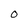
Character: O